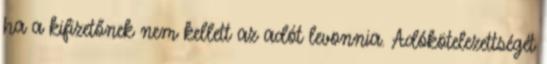
ha a kifizetőnek nem kellett az adót levonnia. Adókötelezettségét